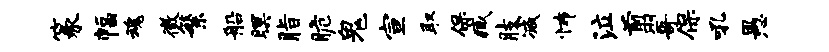
篆幅魂徵繁船暝脂脆鬼宣取保臧肢减怖泣翦哥保吼愚